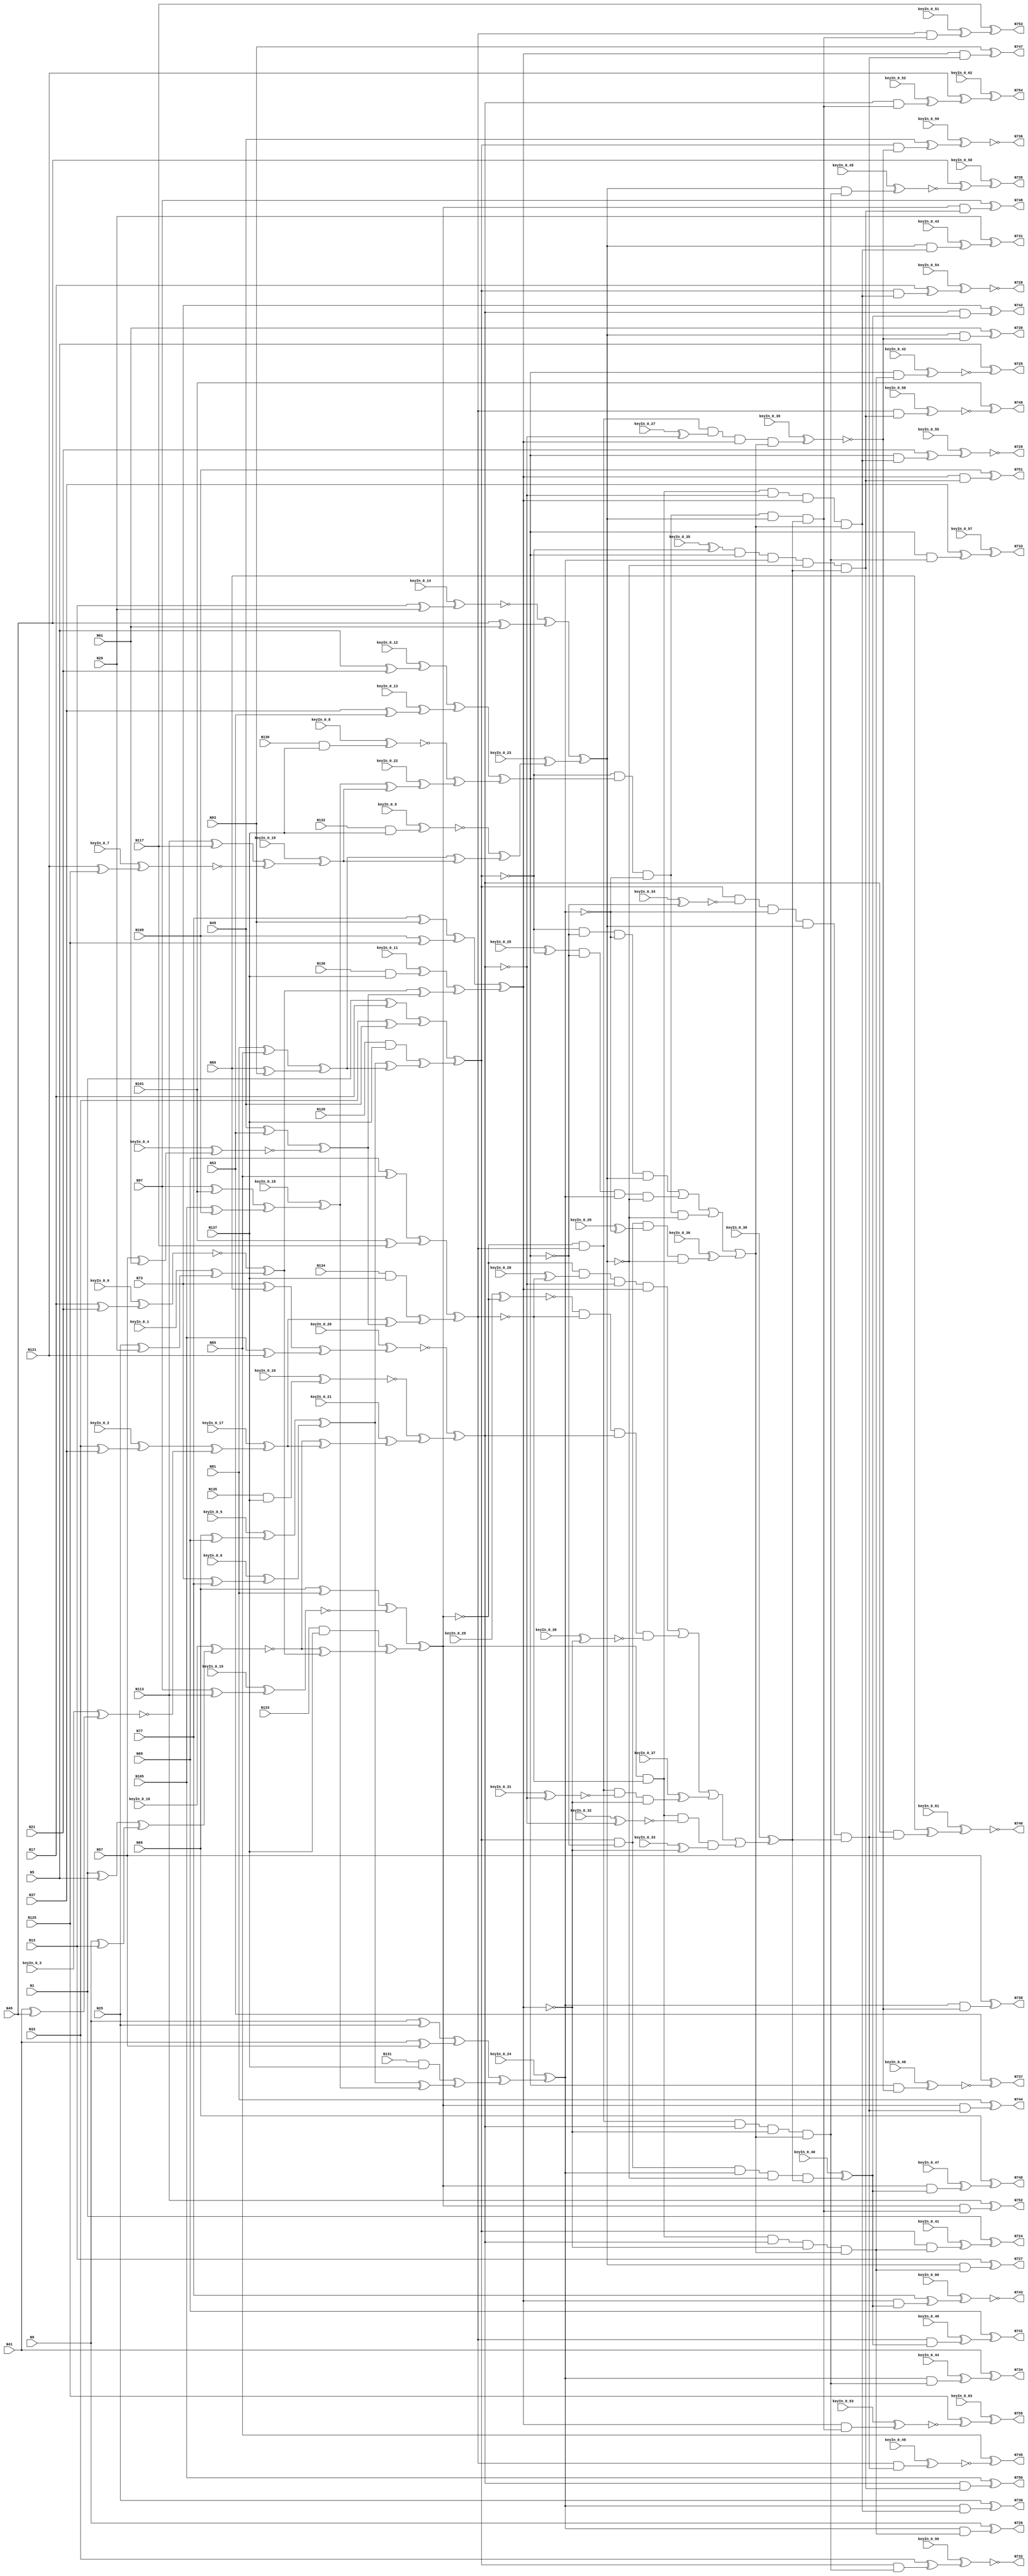
// This program was cloned from: https://github.com/matthewdelorenzo/CreativEval
// License: BSD 3-Clause "New" or "Revised" License


`timescale 1ns / 1ps
// Verilog
// c499
// Ninputs 41
// Noutputs 32
// NtotalGates 202
// XOR2 104
// AND2 40
// NOT1 40
// AND4 8
// OR4 2
// AND5 8

module top (N1,N5,N9,N13,N17,N21,N25,N29,N33,N37,
             N41,N45,N49,N53,N57,N61,N65,N69,N73,N77,
             N81,N85,N89,N93,N97,N101,N105,N109,N113,N117,
             N121,N125,N129,N130,N131,N132,N133,N134,N135,N136,
             N137,N724,N725,N726,N727,N728,N729,N730,N731,N732,
             N733,N734,N735,N736,N737,N738,N739,N740,N741,N742,
             N743,N744,N745,N746,N747,N748,N749,N750,N751,N752,
                  N753,N754,N755,
        keyIn_0_0, keyIn_0_1, keyIn_0_2, keyIn_0_3, keyIn_0_4,
        keyIn_0_5, keyIn_0_6, keyIn_0_7, keyIn_0_8, keyIn_0_9,
        keyIn_0_10, keyIn_0_11, keyIn_0_12, keyIn_0_13, keyIn_0_14,
        keyIn_0_15, keyIn_0_16, keyIn_0_17, keyIn_0_18, keyIn_0_19,
        keyIn_0_20, keyIn_0_21, keyIn_0_22, keyIn_0_23, keyIn_0_24,
        keyIn_0_25, keyIn_0_26, keyIn_0_27, keyIn_0_28, keyIn_0_29,
        keyIn_0_30, keyIn_0_31, keyIn_0_32, keyIn_0_33, keyIn_0_34,
        keyIn_0_35, keyIn_0_36, keyIn_0_37, keyIn_0_38, keyIn_0_39,
        keyIn_0_40, keyIn_0_41, keyIn_0_42, keyIn_0_43, keyIn_0_44,
        keyIn_0_45, keyIn_0_46, keyIn_0_47, keyIn_0_48, keyIn_0_49,
        keyIn_0_50, keyIn_0_51, keyIn_0_52, keyIn_0_53, keyIn_0_54,
        keyIn_0_55, keyIn_0_56, keyIn_0_57, keyIn_0_58, keyIn_0_59,
        keyIn_0_60, keyIn_0_61, keyIn_0_62, keyIn_0_63);

  input keyIn_0_0, keyIn_0_1, keyIn_0_2, keyIn_0_3, keyIn_0_4;
  input keyIn_0_5, keyIn_0_6, keyIn_0_7, keyIn_0_8, keyIn_0_9;
  input keyIn_0_10, keyIn_0_11, keyIn_0_12, keyIn_0_13, keyIn_0_14;
  input keyIn_0_15, keyIn_0_16, keyIn_0_17, keyIn_0_18, keyIn_0_19;
  input keyIn_0_20, keyIn_0_21, keyIn_0_22, keyIn_0_23, keyIn_0_24;
  input keyIn_0_25, keyIn_0_26, keyIn_0_27, keyIn_0_28, keyIn_0_29;
  input keyIn_0_30, keyIn_0_31, keyIn_0_32, keyIn_0_33, keyIn_0_34;
  input keyIn_0_35, keyIn_0_36, keyIn_0_37, keyIn_0_38, keyIn_0_39;
  input keyIn_0_40, keyIn_0_41, keyIn_0_42, keyIn_0_43, keyIn_0_44;
  input keyIn_0_45, keyIn_0_46, keyIn_0_47, keyIn_0_48, keyIn_0_49;
  input keyIn_0_50, keyIn_0_51, keyIn_0_52, keyIn_0_53, keyIn_0_54;
  input keyIn_0_55, keyIn_0_56, keyIn_0_57, keyIn_0_58, keyIn_0_59;
  input keyIn_0_60, keyIn_0_61, keyIn_0_62, keyIn_0_63;

  wire [0:63] KeyWire_0;
  wire [0:29] KeyNOTWire_0;

input N1,N5,N9,N13,N17,N21,N25,N29,N33,N37,
      N41,N45,N49,N53,N57,N61,N65,N69,N73,N77,
      N81,N85,N89,N93,N97,N101,N105,N109,N113,N117,
      N121,N125,N129,N130,N131,N132,N133,N134,N135,N136,
      N137;

output N724,N725,N726,N727,N728,N729,N730,N731,N732,N733,
       N734,N735,N736,N737,N738,N739,N740,N741,N742,N743,
       N744,N745,N746,N747,N748,N749,N750,N751,N752,N753,
       N754,N755;

wire N250,N251,N252,N253,N254,N255,N256,N257,N258,N259,
     N260,N261,N262,N263,N264,N265,N266,N267,N268,N269,
     N270,N271,N272,N273,N274,N275,N276,N277,N278,N279,
     N280,N281,N282,N283,N284,N285,N286,N287,N288,N289,
     N290,N293,N296,N299,N302,N305,N308,N311,N314,N315,
     N316,N317,N318,N319,N320,N321,N338,N339,N340,N341,
     N342,N343,N344,N345,N346,N347,N348,N349,N350,N351,
     N352,N353,N354,N367,N380,N393,N406,N419,N432,N445,
     N554,N555,N556,N557,N558,N559,N560,N561,N562,N563,
     N564,N565,N566,N567,N568,N569,N570,N571,N572,N573,
     N574,N575,N576,N577,N578,N579,N580,N581,N582,N583,
     N584,N585,N586,N587,N588,N589,N590,N591,N592,N593,
     N594,N595,N596,N597,N598,N599,N600,N601,N602,N607,
     N620,N625,N630,N635,N640,N645,N650,N655,N692,N693,
     N694,N695,N696,N697,N698,N699,N700,N701,N702,N703,
     N704,N705,N706,N707,N708,N709,N710,N711,N712,N713,
     N714,N715,N716,N717,N718,N719,N720,N721,N722,N723;

xor XOR2_1 (N250, N1, N5);
xor XOR2_2 (N251, N9, N13);
  xor XOR2_3 (KeyWire_0[0], N17, N21);
  xor KeyGate_0_0(KeyNOTWire_0[0], keyIn_0_0, KeyWire_0[0]);
  not KeyNOTGate_0_0(N252, KeyNOTWire_0[0]);
  xor XOR2_4 (KeyWire_0[1], N25, N29);
  xnor KeyGate_0_1(KeyNOTWire_0[1], keyIn_0_1, KeyWire_0[1]);
  not KeyNOTGate_0_1(N253, KeyNOTWire_0[1]);
  xor XOR2_5 (KeyWire_0[2], N33, N37);
  xor KeyGate_0_2(N254, keyIn_0_2, KeyWire_0[2]);
  xor XOR2_6 (KeyWire_0[3], N41, N45);
  xnor KeyGate_0_3(N255, keyIn_0_3, KeyWire_0[3]);
xor XOR2_7 (N256, N49, N53);
  xor XOR2_8 (KeyWire_0[4], N57, N61);
  xnor KeyGate_0_4(N257, keyIn_0_4, KeyWire_0[4]);
  xor XOR2_9 (KeyWire_0[5], N65, N69);
  xor KeyGate_0_5(N258, keyIn_0_5, KeyWire_0[5]);
  xor XOR2_10 (KeyWire_0[6], N73, N77);
  xnor KeyGate_0_6(KeyNOTWire_0[2], keyIn_0_6, KeyWire_0[6]);
  not KeyNOTGate_0_2(N259, KeyNOTWire_0[2]);
xor XOR2_11 (N260, N81, N85);
xor XOR2_12 (N261, N89, N93);
xor XOR2_13 (N262, N97, N101);
xor XOR2_14 (N263, N105, N109);
xor XOR2_15 (N264, N113, N117);
  xor XOR2_16 (KeyWire_0[7], N121, N125);
  xor KeyGate_0_7(KeyNOTWire_0[3], keyIn_0_7, KeyWire_0[7]);
  not KeyNOTGate_0_3(N265, KeyNOTWire_0[3]);
and AND2_17 (N266, N129, N137);
  and AND2_18 (KeyWire_0[8], N130, N137);
  xor KeyGate_0_8(KeyNOTWire_0[4], keyIn_0_8, KeyWire_0[8]);
  not KeyNOTGate_0_4(N267, KeyNOTWire_0[4]);
and AND2_19 (N268, N131, N137);
  and AND2_20 (KeyWire_0[9], N132, N137);
  xor KeyGate_0_9(KeyNOTWire_0[5], keyIn_0_9, KeyWire_0[9]);
  not KeyNOTGate_0_5(N269, KeyNOTWire_0[5]);
and AND2_21 (N270, N133, N137);
and AND2_22 (N271, N134, N137);
  and AND2_23 (KeyWire_0[10], N135, N137);
  xnor KeyGate_0_10(N272, keyIn_0_10, KeyWire_0[10]);
  and AND2_24 (KeyWire_0[11], N136, N137);
  xor KeyGate_0_11(N273, keyIn_0_11, KeyWire_0[11]);
xor XOR2_25 (N274, N1, N17);
xor XOR2_26 (N275, N33, N49);
  xor XOR2_27 (KeyWire_0[12], N5, N21);
  xnor KeyGate_0_12(KeyNOTWire_0[6], keyIn_0_12, KeyWire_0[12]);
  not KeyNOTGate_0_6(N276, KeyNOTWire_0[6]);
  xor XOR2_28 (KeyWire_0[13], N37, N53);
  xnor KeyGate_0_13(KeyNOTWire_0[7], keyIn_0_13, KeyWire_0[13]);
  not KeyNOTGate_0_7(N277, KeyNOTWire_0[7]);
xor XOR2_29 (N278, N9, N25);
xor XOR2_30 (N279, N41, N57);
  xor XOR2_31 (KeyWire_0[14], N13, N29);
  xnor KeyGate_0_14(N280, keyIn_0_14, KeyWire_0[14]);
xor XOR2_32 (N281, N45, N61);
xor XOR2_33 (N282, N65, N81);
  xor XOR2_34 (KeyWire_0[15], N97, N113);
  xor KeyGate_0_15(KeyNOTWire_0[8], keyIn_0_15, KeyWire_0[15]);
  not KeyNOTGate_0_8(N283, KeyNOTWire_0[8]);
xor XOR2_35 (N284, N69, N85);
xor XOR2_36 (N285, N101, N117);
xor XOR2_37 (N286, N73, N89);
xor XOR2_38 (N287, N105, N121);
xor XOR2_39 (N288, N77, N93);
xor XOR2_40 (N289, N109, N125);
  xor XOR2_41 (KeyWire_0[16], N250, N251);
  xnor KeyGate_0_16(N290, keyIn_0_16, KeyWire_0[16]);
xor XOR2_42 (N293, N252, N253);
  xor XOR2_43 (KeyWire_0[17], N254, N255);
  xor KeyGate_0_17(N296, keyIn_0_17, KeyWire_0[17]);
xor XOR2_44 (N299, N256, N257);
xor XOR2_45 (N302, N258, N259);
xor XOR2_46 (N305, N260, N261);
  xor XOR2_47 (KeyWire_0[18], N262, N263);
  xor KeyGate_0_18(N308, keyIn_0_18, KeyWire_0[18]);
  xor XOR2_48 (KeyWire_0[19], N264, N265);
  xnor KeyGate_0_19(KeyNOTWire_0[9], keyIn_0_19, KeyWire_0[19]);
  not KeyNOTGate_0_9(N311, KeyNOTWire_0[9]);
xor XOR2_49 (N314, N274, N275);
xor XOR2_50 (N315, N276, N277);
xor XOR2_51 (N316, N278, N279);
xor XOR2_52 (N317, N280, N281);
xor XOR2_53 (N318, N282, N283);
xor XOR2_54 (N319, N284, N285);
  xor XOR2_55 (KeyWire_0[20], N286, N287);
  xnor KeyGate_0_20(N320, keyIn_0_20, KeyWire_0[20]);
xor XOR2_56 (N321, N288, N289);
xor XOR2_57 (N338, N290, N293);
xor XOR2_58 (N339, N296, N299);
  xor XOR2_59 (KeyWire_0[21], N290, N296);
  xnor KeyGate_0_21(KeyNOTWire_0[10], keyIn_0_21, KeyWire_0[21]);
  not KeyNOTGate_0_10(N340, KeyNOTWire_0[10]);
xor XOR2_60 (N341, N293, N299);
xor XOR2_61 (N342, N302, N305);
  xor XOR2_62 (KeyWire_0[22], N308, N311);
  xor KeyGate_0_22(N343, keyIn_0_22, KeyWire_0[22]);
xor XOR2_63 (N344, N302, N308);
xor XOR2_64 (N345, N305, N311);
xor XOR2_65 (N346, N266, N342);
xor XOR2_66 (N347, N267, N343);
xor XOR2_67 (N348, N268, N344);
  xor XOR2_68 (KeyWire_0[23], N269, N345);
  xor KeyGate_0_23(N349, keyIn_0_23, KeyWire_0[23]);
xor XOR2_69 (N350, N270, N338);
xor XOR2_70 (N351, N271, N339);
xor XOR2_71 (N352, N272, N340);
xor XOR2_72 (N353, N273, N341);
xor XOR2_73 (N354, N314, N346);
xor XOR2_74 (N367, N315, N347);
  xor XOR2_75 (KeyWire_0[24], N316, N348);
  xor KeyGate_0_24(N380, keyIn_0_24, KeyWire_0[24]);
xor XOR2_76 (N393, N317, N349);
xor XOR2_77 (N406, N318, N350);
xor XOR2_78 (N419, N319, N351);
xor XOR2_79 (N432, N320, N352);
xor XOR2_80 (N445, N321, N353);
not NOT1_81 (N554, N354);
not NOT1_82 (N555, N367);
not NOT1_83 (N556, N380);
  not NOT1_84 (KeyWire_0[25], N354);
  xor KeyGate_0_25(N557, keyIn_0_25, KeyWire_0[25]);
not NOT1_85 (N558, N367);
not NOT1_86 (N559, N393);
not NOT1_87 (N560, N354);
not NOT1_88 (N561, N380);
not NOT1_89 (N562, N393);
not NOT1_90 (N563, N367);
  not NOT1_91 (KeyWire_0[26], N380);
  xnor KeyGate_0_26(KeyNOTWire_0[11], keyIn_0_26, KeyWire_0[26]);
  not KeyNOTGate_0_11(N564, KeyNOTWire_0[11]);
not NOT1_92 (N565, N393);
not NOT1_93 (N566, N419);
not NOT1_94 (N567, N445);
not NOT1_95 (N568, N419);
not NOT1_96 (N569, N432);
not NOT1_97 (N570, N406);
not NOT1_98 (N571, N445);
not NOT1_99 (N572, N406);
  not NOT1_100 (KeyWire_0[27], N432);
  xor KeyGate_0_27(N573, keyIn_0_27, KeyWire_0[27]);
not NOT1_101 (N574, N406);
  not NOT1_102 (KeyWire_0[28], N419);
  xor KeyGate_0_28(N575, keyIn_0_28, KeyWire_0[28]);
not NOT1_103 (N576, N432);
  not NOT1_104 (KeyWire_0[29], N406);
  xnor KeyGate_0_29(N577, keyIn_0_29, KeyWire_0[29]);
not NOT1_105 (N578, N419);
  not NOT1_106 (KeyWire_0[30], N445);
  xor KeyGate_0_30(KeyNOTWire_0[12], keyIn_0_30, KeyWire_0[30]);
  not KeyNOTGate_0_12(N579, KeyNOTWire_0[12]);
not NOT1_107 (N580, N406);
  not NOT1_108 (KeyWire_0[31], N432);
  xor KeyGate_0_31(KeyNOTWire_0[13], keyIn_0_31, KeyWire_0[31]);
  not KeyNOTGate_0_13(N581, KeyNOTWire_0[13]);
not NOT1_109 (N582, N445);
not NOT1_110 (N583, N419);
  not NOT1_111 (KeyWire_0[32], N432);
  xnor KeyGate_0_32(N584, keyIn_0_32, KeyWire_0[32]);
  not NOT1_112 (KeyWire_0[33], N445);
  xor KeyGate_0_33(N585, keyIn_0_33, KeyWire_0[33]);
not NOT1_113 (N586, N367);
not NOT1_114 (N587, N393);
  not NOT1_115 (KeyWire_0[34], N367);
  xnor KeyGate_0_34(N588, keyIn_0_34, KeyWire_0[34]);
not NOT1_116 (N589, N380);
  not NOT1_117 (KeyWire_0[35], N354);
  xnor KeyGate_0_35(KeyNOTWire_0[14], keyIn_0_35, KeyWire_0[35]);
  not KeyNOTGate_0_14(N590, KeyNOTWire_0[14]);
not NOT1_118 (N591, N393);
not NOT1_119 (N592, N354);
not NOT1_120 (N593, N380);
and AND4_121 (N594, N554, N555, N556, N393);
and AND4_122 (N595, N557, N558, N380, N559);
and AND4_123 (N596, N560, N367, N561, N562);
  and AND4_124 (KeyWire_0[36], N354, N563, N564, N565);
  xnor KeyGate_0_36(KeyNOTWire_0[15], keyIn_0_36, KeyWire_0[36]);
  not KeyNOTGate_0_15(N597, KeyNOTWire_0[15]);
and AND4_125 (N598, N574, N575, N576, N445);
and AND4_126 (N599, N577, N578, N432, N579);
  and AND4_127 (KeyWire_0[37], N580, N419, N581, N582);
  xor KeyGate_0_37(N600, keyIn_0_37, KeyWire_0[37]);
and AND4_128 (N601, N406, N583, N584, N585);
or OR4_129 (N602, N594, N595, N596, N597);
  or OR4_130 (KeyWire_0[38], N598, N599, N600, N601);
  xnor KeyGate_0_38(KeyNOTWire_0[16], keyIn_0_38, KeyWire_0[38]);
  not KeyNOTGate_0_16(N607, KeyNOTWire_0[16]);
and AND5_131 (N620, N406, N566, N432, N567, N602);
and AND5_132 (N625, N406, N568, N569, N445, N602);
and AND5_133 (N630, N570, N419, N432, N571, N602);
  and AND5_134 (KeyWire_0[39], N572, N419, N573, N445, N602);
  xnor KeyGate_0_39(N635, keyIn_0_39, KeyWire_0[39]);
  and AND5_135 (KeyWire_0[40], N354, N586, N380, N587, N607);
  xor KeyGate_0_40(N640, keyIn_0_40, KeyWire_0[40]);
and AND5_136 (N645, N354, N588, N589, N393, N607);
and AND5_137 (N650, N590, N367, N380, N591, N607);
and AND5_138 (N655, N592, N367, N593, N393, N607);
  and AND2_139 (KeyWire_0[41], N354, N620);
  xnor KeyGate_0_41(KeyNOTWire_0[17], keyIn_0_41, KeyWire_0[41]);
  not KeyNOTGate_0_17(N692, KeyNOTWire_0[17]);
  and AND2_140 (KeyWire_0[42], N367, N620);
  xor KeyGate_0_42(KeyNOTWire_0[18], keyIn_0_42, KeyWire_0[42]);
  not KeyNOTGate_0_18(N693, KeyNOTWire_0[18]);
and AND2_141 (N694, N380, N620);
and AND2_142 (N695, N393, N620);
and AND2_143 (N696, N354, N625);
and AND2_144 (N697, N367, N625);
and AND2_145 (N698, N380, N625);
  and AND2_146 (KeyWire_0[43], N393, N625);
  xor KeyGate_0_43(N699, keyIn_0_43, KeyWire_0[43]);
and AND2_147 (N700, N354, N630);
and AND2_148 (N701, N367, N630);
  and AND2_149 (KeyWire_0[44], N380, N630);
  xor KeyGate_0_44(N702, keyIn_0_44, KeyWire_0[44]);
  and AND2_150 (KeyWire_0[45], N393, N630);
  xnor KeyGate_0_45(N703, keyIn_0_45, KeyWire_0[45]);
and AND2_151 (N704, N354, N635);
  and AND2_152 (KeyWire_0[46], N367, N635);
  xor KeyGate_0_46(KeyNOTWire_0[19], keyIn_0_46, KeyWire_0[46]);
  not KeyNOTGate_0_19(N705, KeyNOTWire_0[19]);
and AND2_153 (N706, N380, N635);
and AND2_154 (N707, N393, N635);
  and AND2_155 (KeyWire_0[47], N406, N640);
  xor KeyGate_0_47(N708, keyIn_0_47, KeyWire_0[47]);
  and AND2_156 (KeyWire_0[48], N419, N640);
  xor KeyGate_0_48(N709, keyIn_0_48, KeyWire_0[48]);
and AND2_157 (N710, N432, N640);
and AND2_158 (N711, N445, N640);
and AND2_159 (N712, N406, N645);
  and AND2_160 (KeyWire_0[49], N419, N645);
  xor KeyGate_0_49(KeyNOTWire_0[20], keyIn_0_49, KeyWire_0[49]);
  not KeyNOTGate_0_20(N713, KeyNOTWire_0[20]);
and AND2_161 (N714, N432, N645);
and AND2_162 (N715, N445, N645);
and AND2_163 (N716, N406, N650);
  and AND2_164 (KeyWire_0[50], N419, N650);
  xnor KeyGate_0_50(N717, keyIn_0_50, KeyWire_0[50]);
and AND2_165 (N718, N432, N650);
and AND2_166 (N719, N445, N650);
and AND2_167 (N720, N406, N655);
  and AND2_168 (KeyWire_0[51], N419, N655);
  xnor KeyGate_0_51(KeyNOTWire_0[21], keyIn_0_51, KeyWire_0[51]);
  not KeyNOTGate_0_21(N721, KeyNOTWire_0[21]);
  and AND2_169 (KeyWire_0[52], N432, N655);
  xnor KeyGate_0_52(KeyNOTWire_0[22], keyIn_0_52, KeyWire_0[52]);
  not KeyNOTGate_0_22(N722, KeyNOTWire_0[22]);
  and AND2_170 (KeyWire_0[53], N445, N655);
  xor KeyGate_0_53(KeyNOTWire_0[23], keyIn_0_53, KeyWire_0[53]);
  not KeyNOTGate_0_23(N723, KeyNOTWire_0[23]);
xor XOR2_171 (N724, N1, N692);
xor XOR2_172 (N725, N5, N693);
xor XOR2_173 (N726, N9, N694);
xor XOR2_174 (N727, N13, N695);
  xor XOR2_175 (KeyWire_0[54], N17, N696);
  xor KeyGate_0_54(KeyNOTWire_0[24], keyIn_0_54, KeyWire_0[54]);
  not KeyNOTGate_0_24(N728, KeyNOTWire_0[24]);
  xor XOR2_176 (KeyWire_0[55], N21, N697);
  xor KeyGate_0_55(KeyNOTWire_0[25], keyIn_0_55, KeyWire_0[55]);
  not KeyNOTGate_0_25(N729, KeyNOTWire_0[25]);
xor XOR2_177 (N730, N25, N698);
xor XOR2_178 (N731, N29, N699);
  xor XOR2_179 (KeyWire_0[56], N33, N700);
  xor KeyGate_0_56(KeyNOTWire_0[26], keyIn_0_56, KeyWire_0[56]);
  not KeyNOTGate_0_26(N732, KeyNOTWire_0[26]);
  xor XOR2_180 (KeyWire_0[57], N37, N701);
  xor KeyGate_0_57(N733, keyIn_0_57, KeyWire_0[57]);
xor XOR2_181 (N734, N41, N702);
  xor XOR2_182 (KeyWire_0[58], N45, N703);
  xnor KeyGate_0_58(KeyNOTWire_0[27], keyIn_0_58, KeyWire_0[58]);
  not KeyNOTGate_0_27(N735, KeyNOTWire_0[27]);
  xor XOR2_183 (KeyWire_0[59], N49, N704);
  xnor KeyGate_0_59(N736, keyIn_0_59, KeyWire_0[59]);
xor XOR2_184 (N737, N53, N705);
xor XOR2_185 (N738, N57, N706);
xor XOR2_186 (N739, N61, N707);
xor XOR2_187 (N740, N65, N708);
xor XOR2_188 (N741, N69, N709);
xor XOR2_189 (N742, N73, N710);
  xor XOR2_190 (KeyWire_0[60], N77, N711);
  xor KeyGate_0_60(KeyNOTWire_0[28], keyIn_0_60, KeyWire_0[60]);
  not KeyNOTGate_0_28(N743, KeyNOTWire_0[28]);
xor XOR2_191 (N744, N81, N712);
xor XOR2_192 (N745, N85, N713);
  xor XOR2_193 (KeyWire_0[61], N89, N714);
  xnor KeyGate_0_61(N746, keyIn_0_61, KeyWire_0[61]);
xor XOR2_194 (N747, N93, N715);
xor XOR2_195 (N748, N97, N716);
xor XOR2_196 (N749, N101, N717);
xor XOR2_197 (N750, N105, N718);
xor XOR2_198 (N751, N109, N719);
xor XOR2_199 (N752, N113, N720);
xor XOR2_200 (N753, N117, N721);
  xor XOR2_201 (KeyWire_0[62], N121, N722);
  xor KeyGate_0_62(N754, keyIn_0_62, KeyWire_0[62]);
  xor XOR2_202 (KeyWire_0[63], N125, N723);
  xnor KeyGate_0_63(KeyNOTWire_0[29], keyIn_0_63, KeyWire_0[63]);
  not KeyNOTGate_0_29(N755, KeyNOTWire_0[29]);

endmodule